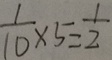
\frac { 1 } { 1 0 } \times 5 = \frac { 1 } { 2 }